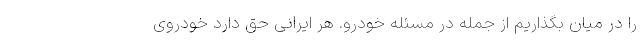
را در میان بگذاریم از جمله در مسئله خودرو. هر ایرانی حق دارد خودروی